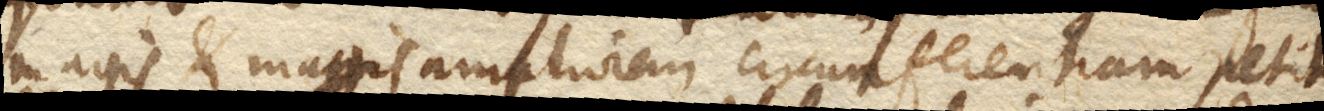
magis et magis ampliorem circumferentiam petit.